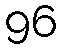
96